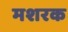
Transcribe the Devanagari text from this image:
मशरक